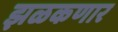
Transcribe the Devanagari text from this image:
झळकणार